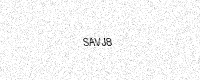
Text: SAVJ8